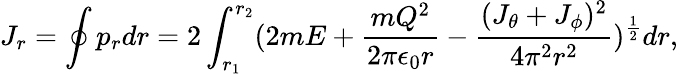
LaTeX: J_{r}=\oint p_{r}dr=2\int_{r_{1}}^{r_{2}}(2mE+{\frac{mQ^{2}}{2\pi\epsilon_{0}r}}-{\frac{(J_{\theta}+J_{\phi})^{2}}{4\pi^{2}r^{2}}})^{\frac{1}{2}}dr,